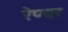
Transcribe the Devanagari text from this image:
रेप्चर